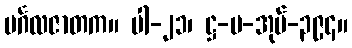
မင်္ဂလဇာတက။ ပါ-၂၁၊ ဋ္ဌ-ပ-အုပ်-၃၉၄။